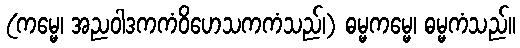
(ကမ္မေ၊ အညဝါဒကကံဝိဟေသကကံသည်၊) ဓမ္မကမ္မေ၊ ဓမ္မကံသည်။